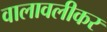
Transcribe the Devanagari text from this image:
वालावलीकर